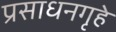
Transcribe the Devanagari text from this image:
प्रसाधनगृहे